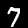
Digit: 7